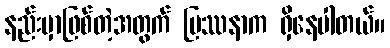
နည်းမှာဖြစ်တဲ့အတွက် ပြဿနာက ရှိနေပါတယ်။